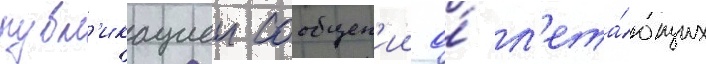
публ'икациеи сообщен'ии о́ л'ета́ющих